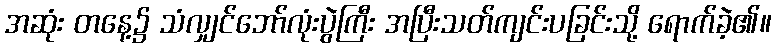
အဆုံး တနေ့၌ သံလျှင်ဘော်လုံးပွဲကြီး အပြီးသတ်ကျင်းပခြင်းသို့ ရောက်ခဲ့၏။